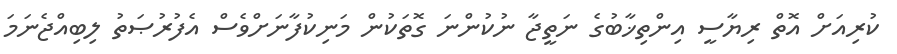
ކުރިއަށް އޮތް ރިޔާސީ އިންތިޚާބުގެ ނަތީޖާ ނުކުންނަ ގޮތަކުން މަނިކުފާނަށްވެސް އެފުރުޞަތު ލިބިއްޖެނަމަ